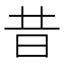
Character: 昔